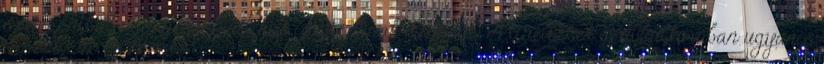
szempontból ugyancsak kritikus időszaknak minősül. A tinédzser szubkultúrában ugyanis